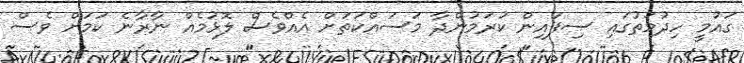
ގައުމީ ހިދުމަތުގައި ސިފައިން ކުރަމުންދާ މަސައްކަތަށް އެއްވެސް ލޮޅުމެއް ނާރާނެ ކަމަށް ވެސް